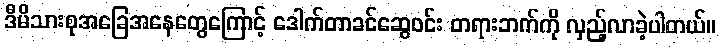
ဒီမိသားစုအခြေအနေတွေကြောင့် ဒေါက်တာခင်ဆွေဝင်း တရားဘက်ကို လှည့်လာခဲ့ပါတယ်။